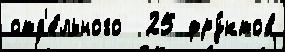
отд'е́льного  25 фру́ктов